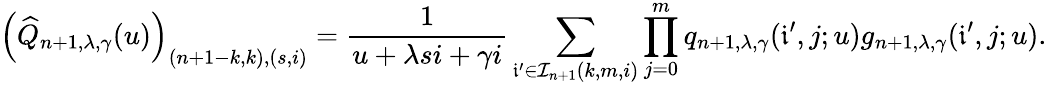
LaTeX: \left(\widehat{Q}_{n+1,\lambda,\gamma}(u)\right)_{(n+1-k,k),(s,i)}=\frac{1}{u+\lambda si+\gamma i}\sum_{\mathfrak{i}^{\prime}\in\mathcal{I}_{n+1}(k,m,i)}\prod_{j=0}^{m}q_{n+1,\lambda,\gamma}(\mathfrak{i}^{\prime},j;u)g_{n+1,\lambda,\gamma}(\mathfrak{i}^{\prime},j;u).